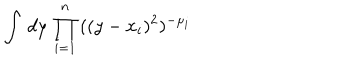
LaTeX: \int \, d y \, \prod _ { i = 1 } ^ { n } \, ( ( y - x _ { i } ) ^ { 2 } ) ^ { - \mu _ { i } }